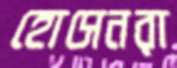
হোসেনরা